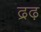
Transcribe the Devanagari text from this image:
द्रढ़